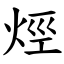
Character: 烴